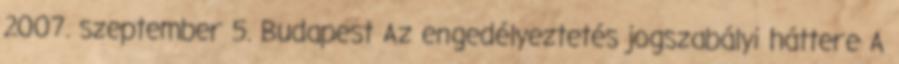
2007. szeptember 5. Budapest Az engedélyeztetés jogszabályi háttere A